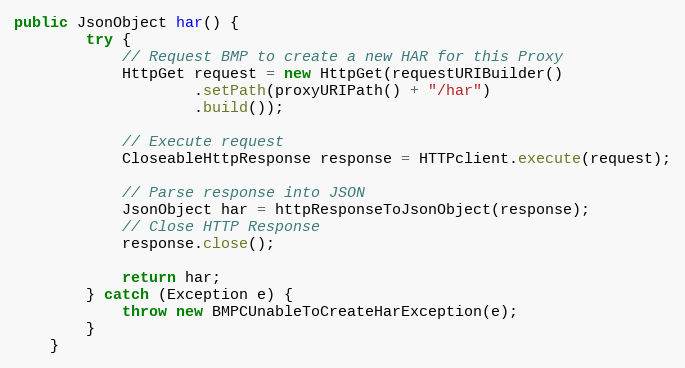
Language: Java
public JsonObject har() {
        try {
            // Request BMP to create a new HAR for this Proxy
            HttpGet request = new HttpGet(requestURIBuilder()
                    .setPath(proxyURIPath() + "/har")
                    .build());

            // Execute request
            CloseableHttpResponse response = HTTPclient.execute(request);

            // Parse response into JSON
            JsonObject har = httpResponseToJsonObject(response);
            // Close HTTP Response
            response.close();

            return har;
        } catch (Exception e) {
            throw new BMPCUnableToCreateHarException(e);
        }
    }